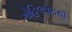
ગોહિલવાડથી